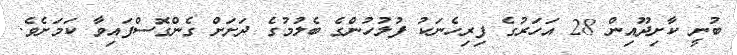
ބުނީ ކާށިދޫއިން 28 އަހަރުގެ ފިރިހެނަކު ފުލުހުންގެ ބެލުމުގެ ދަށަށް ގެންގޮސްފައިވާ ކަމަށެވެ.